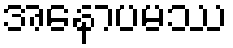
အနောပမဿ